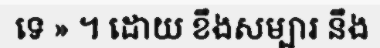
ទេ » ។ ដោយ ខឹងសម្បារ នឹង